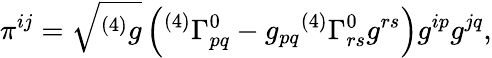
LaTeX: \pi^{ij}={\sqrt{^{(4)}g}}\left({^{(4)}}\Gamma_{pq}^{0}-g_{pq}{^{(4)}}\Gamma_{rs}^{0}g^{rs}\right)g^{ip}g^{jq},